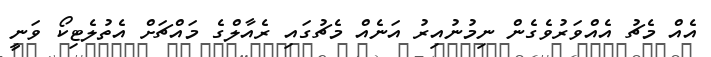
އެއް މެޗު އެއްވަރުވެގެން ނިމުނުއިރު އަނެއް މެޗުގައި ރެއާލްގެ މައްޗަށް އެތުލެޓިކޯ ވަނީ